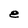
Character: e